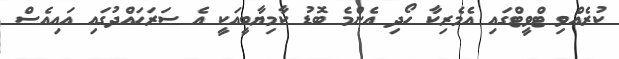
ކުރެއްވި ޓްވީޓްގައި އެމެރިކާ ހޯދި އެންމެ ބޮޑު ކާމިޔާބީއަކީ އެ ސަރަހައްދުގައި އައިއެސް